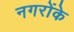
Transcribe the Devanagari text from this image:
नगरोंके